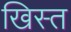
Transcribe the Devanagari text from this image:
खिस्‍त